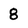
Character: 8